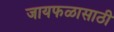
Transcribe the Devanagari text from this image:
जायफळासाठी